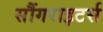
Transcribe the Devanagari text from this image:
सौंगराइटर्स